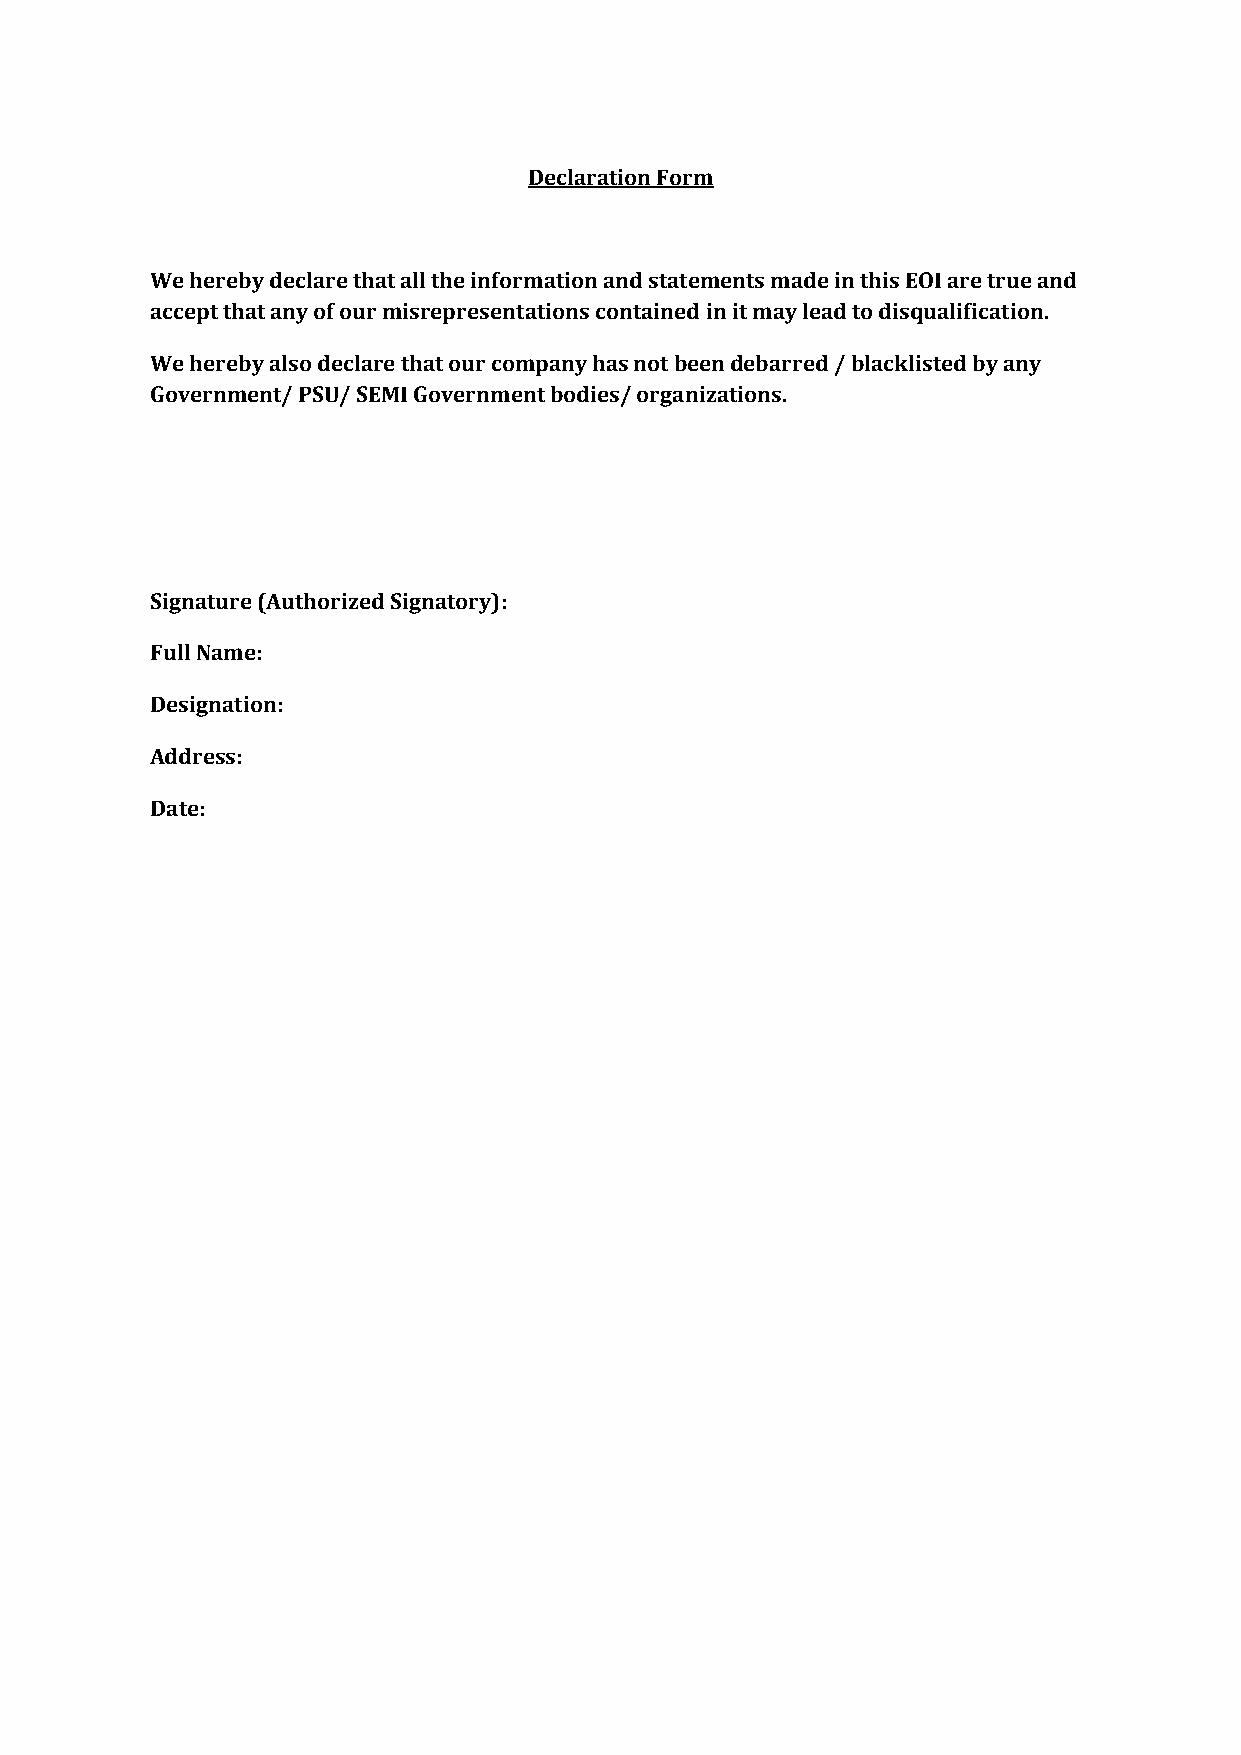
Declaration Form
 We hereby declare that all the information and statements made in this EOI are true and
 accept that any of our misrepresentations contained in it may lead to disqualification.
 We hereby also declare that our company has not been debarred / blacklisted by any
 Government/ PSU/ SEMI Government bodies/ organizations.
 Signature (Authorized Signatory):
 Full Name:
 Designation:
 Address:
 Date: